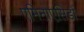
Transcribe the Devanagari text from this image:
एमिनोएसिडों